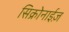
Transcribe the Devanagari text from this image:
सिक्रोनाईज़